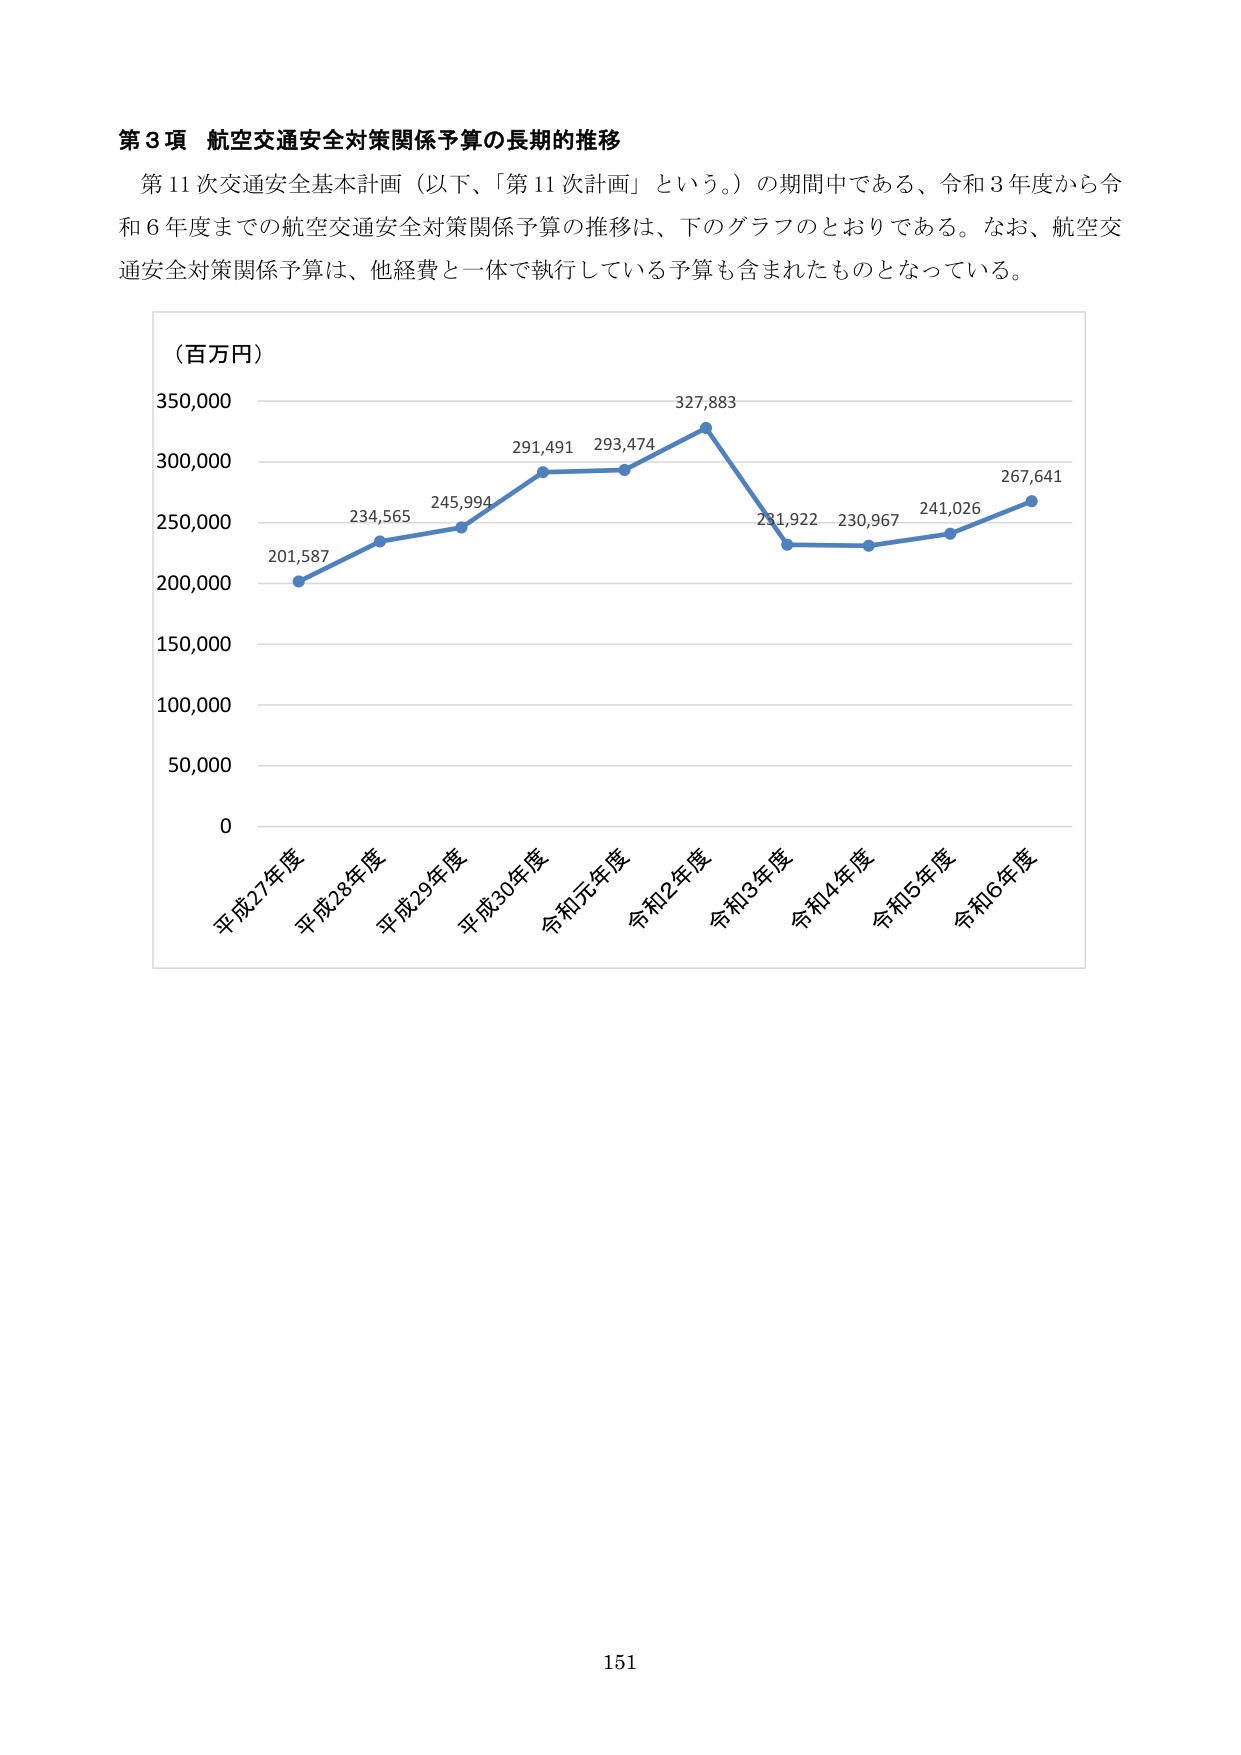
第３項 航空交通安全対策関係予算の長期的推移

第11次交通安全基本計画（以下、「第11次計画」という。）の期間中である、令和3年度から令和6年度までの航空交通安全対策関係予算の推移は、下のグラフのとおりである。なお、航空交通安全対策関係予算は、他経費と一体で執行している予算も含まれたものとなっている。

（百万円）
350,000
300,000
250,000
200,000
150,000
100,000
50,000
0

平成27年度 201,587
平成28年度 234,565
平成29年度 245,994
平成30年度 291,491
令和元年度 293,474
令和2年度 327,883
令和3年度 231,922
令和4年度 230,967
令和5年度 241,026
令和6年度 267,641

151